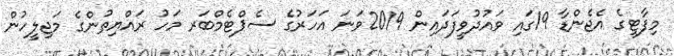
މިފާޓީގެ އެޖެންޑާ 19ގައި ވައުދުވީފަދައިން 2019ވަނަ އަހަރުގެ ސެޕްޓެމްބަރ މަހު ރައްޔިތުންގެ މަޖިލީހުން